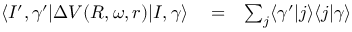
\begin{array} { r l r } { \langle I ^ { \prime } , \gamma ^ { \prime } | \Delta V ( R , \omega , r ) | I , \gamma \rangle } & { { } = } & { \sum _ { j } \langle \gamma ^ { \prime } | j \rangle \langle j | \gamma \rangle } \end{array}